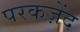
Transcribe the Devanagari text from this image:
परकज़ेंद